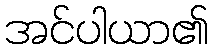
အင်ပါယာ၏